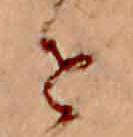
せ